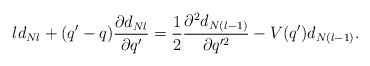
\begin{align*} ld_{Nl}+(q'-q) \frac{\partial d_{Nl}}{\partial q'} = \frac{1}{2} \frac{\partial^2 d_{N(l-1)}} {\partial q'^2} -V(q')d_{N(l-1)}.\end{align*}